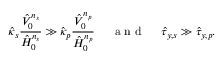
\hat { \kappa } _ { s } \frac { \hat { V } _ { 0 } ^ { n _ { s } } } { \hat { H } _ { 0 } ^ { n _ { s } } } \gg \hat { \kappa } _ { p } \frac { \hat { V } _ { 0 } ^ { n _ { p } } } { \hat { H } _ { 0 } ^ { n _ { p } } } ~ ~ ~ ~ \mathrm { ~ a ~ n ~ d ~ } ~ ~ ~ ~ \hat { \tau } _ { y , s } \gg \hat { \tau } _ { y , p } .